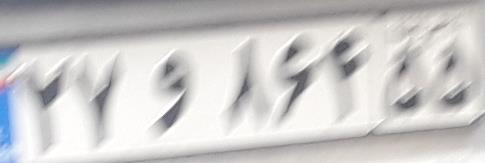
۲۷و۸۶۴۵۵